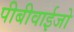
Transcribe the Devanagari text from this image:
पीबीवाईजो